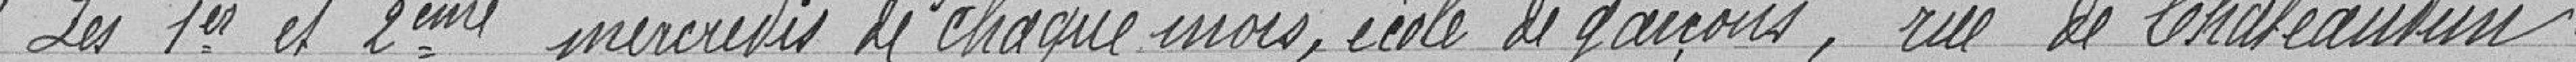
"Les premier et deuxième mardis de chaque mois, école de garçons, rue de Châteaudun.